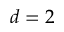
d = 2